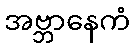
အဗ္ဘာနေကံ